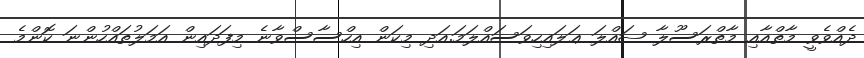
ދެއްވެވީ މާތްއާއި މާތްރަސޫލާ ޞައްލަ ޢަލައިހިވަސައްލަމަ.އަދި މިކަން އިހްސާސްވާނެ މިފަދައިން އަމަލުތައްހުންނަ ކޮންމެ